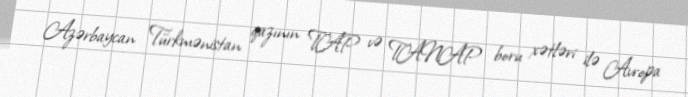
Azərbaycan Türkmənistan qazının TAP və TANAP boru xətləri ilə Avropa